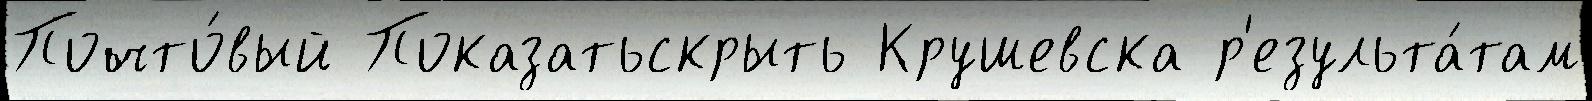
Почто́вый Показатьскрыть Крушевска р'езульта́там